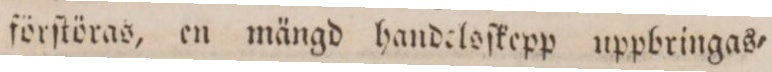
förſtöras, en mängd handelsſkepp uppbringas=